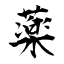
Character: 薬